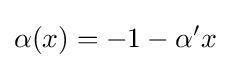
\alpha (x)=-1-\alpha 'x